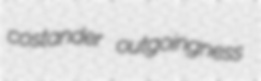
costander outgoingness